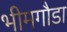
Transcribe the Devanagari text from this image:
भीमगौडा